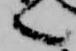
言